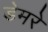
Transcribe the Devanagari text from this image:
डेमरे